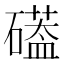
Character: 𮁌